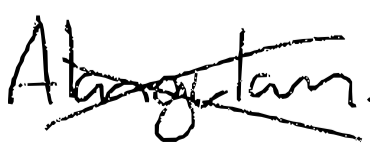
Text: Alangulam.
Cross-out: cross
Writing tool: digital_black